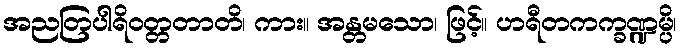
အညတြပါရိဝတ္တတာတိ၊ ကား။ အန္တမသော၊ ဖြင့်။ ဟရီတကက္ခဏ္ဍမ္ပိ၊